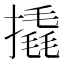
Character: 撬